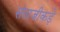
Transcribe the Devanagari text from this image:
संताजीकड़े